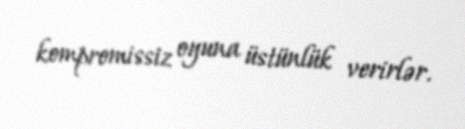
kompromissiz oyuna üstünlük verirlər.